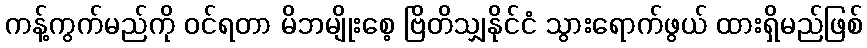
ကန့်ကွက်မည်ကို ဝင်ရတာ မိဘမျိုးစေ့ ဗြိတိသျှနိုင်ငံ သွားရောက်ဖွယ် ထားရှိမည်ဖြစ်